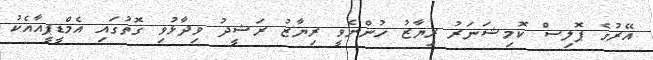
އޭރުގެ ޕޮލިސް ކޮމިޝަނަރު ރިޔާޒު ހުންނެވީ ރިޔާޒު ރަޝީދު ވިދާޅުވި ގޮތުގައި އެމްޑީޕީއާއެކު